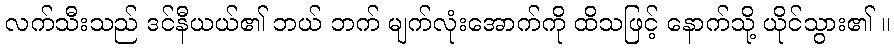
လက်သီးသည် ဒင်နီယယ်၏ ဘယ် ဘက် မျက်လုံးအောက်ကို ထိသဖြင့် နောက်သို့ ယိုင်သွား၏ ။